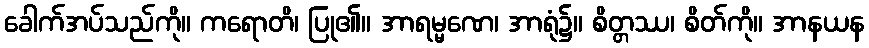
ခေါက်အပ်သည်ကို။ ကရောတိ၊ ပြု၏။ အာရမ္မဏေ၊ အာရုံ၌။ စိတ္တဿ၊ စိတ်ကို။ အာနယန